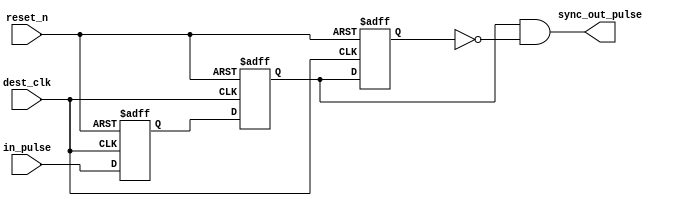
//////////////////////////////////////////////////////////////////////
////                                                              ////
////  Tubo 8051 cores MAC Interface Module                        ////
////                                                              ////
////  This file is part of the Turbo 8051 cores project           ////
////  http://www.opencores.org/cores/turbo8051/                   ////
////                                                              ////
////  Description                                                 ////
////  Turbo 8051 definitions.                                     ////
////                                                              ////
////  To Do:                                                      ////
////    nothing                                                   ////
////                                                              ////
////  Author(s):                                                  ////
////      - Dinesh Annayya, dinesha@opencores.org                 ////
////                                                              ////
//////////////////////////////////////////////////////////////////////
////                                                              ////
//// Copyright (C) 2000 Authors and OPENCORES.ORG                 ////
////                                                              ////
//// This source file may be used and distributed without         ////
//// restriction provided that this copyright statement is not    ////
//// removed from the file and that any derivative work contains  ////
//// the original copyright notice and the associated disclaimer. ////
////                                                              ////
//// This source file is free software; you can redistribute it   ////
//// and/or modify it under the terms of the GNU Lesser General   ////
//// Public License as published by the Free Software Foundation; ////
//// either version 2.1 of the License, or (at your option) any   ////
//// later version.                                               ////
////                                                              ////
//// This source is distributed in the hope that it will be       ////
//// useful, but WITHOUT ANY WARRANTY; without even the implied   ////
//// warranty of MERCHANTABILITY or FITNESS FOR A PARTICULAR      ////
//// PURPOSE.  See the GNU Lesser General Public License for more ////
//// details.                                                     ////
////                                                              ////
//// You should have received a copy of the GNU Lesser General    ////
//// Public License along with this source; if not, download it   ////
//// from http://www.opencores.org/lgpl.shtml                     ////
////                                                              ////
//////////////////////////////////////////////////////////////////////
/***************************************************************
  Description:
	Synchronizes the pulse from one clock to another
 * clock domain
***********************************************************************/
//`timescale 1ns/100ps
module s2f_sync (
		   //outputs
		   sync_out_pulse,
		   //inputs
		   in_pulse,
		   dest_clk,
		   reset_n);
  
  output sync_out_pulse; //output synchronised to slow clock
  input	 in_pulse;       //input based on fast clock, pulse
  input	 dest_clk;           //slow clock
  input	 reset_n;
  
  reg	 sync1_out, sync2_out, sync3_out;
  
  always @(posedge dest_clk or negedge reset_n)
    begin
      if (!reset_n)
	begin
	  sync1_out <= 0;
	  sync2_out <= 0;
	  sync3_out <= 0;
	end // if (!reset_n)
      else
	begin
	  sync1_out <= in_pulse;
	  sync2_out <= sync1_out;
	  sync3_out <= sync2_out;
	end // else: !if(reset_n)
    end // always @ (posedge dest_clk or negedge reset_n)
  
  assign sync_out_pulse = sync2_out && !sync3_out;
endmodule // s2f_sync